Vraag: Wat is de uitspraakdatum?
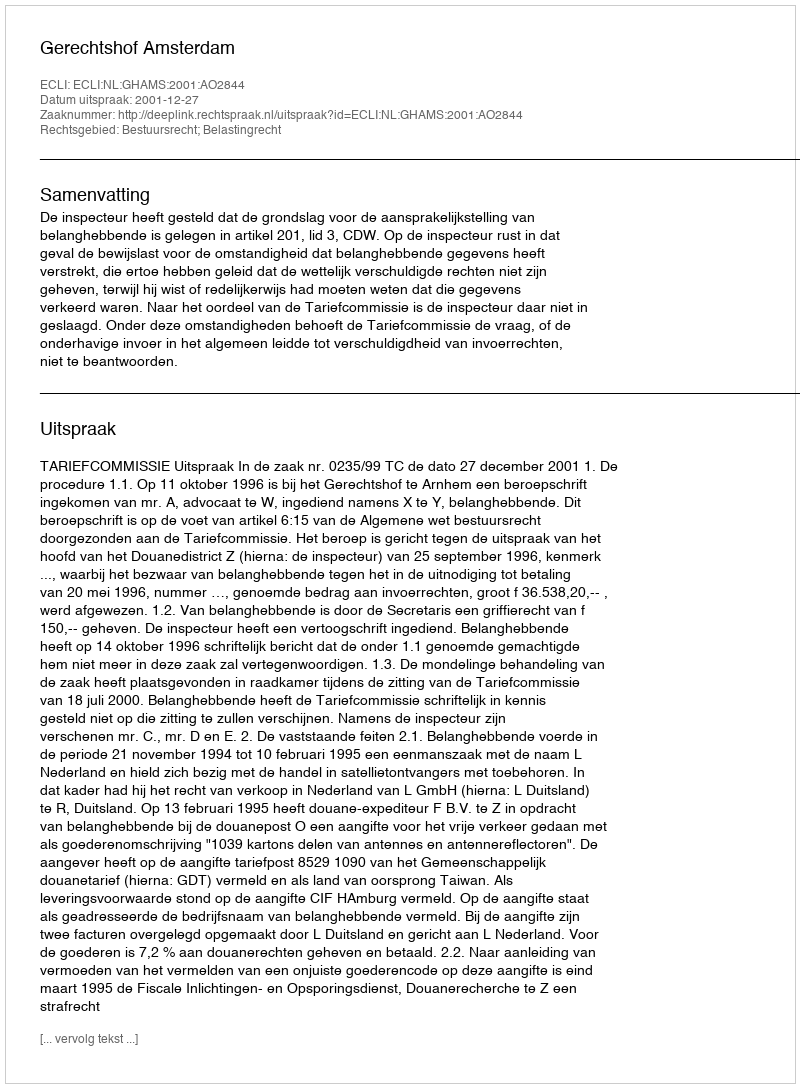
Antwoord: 2001-12-27